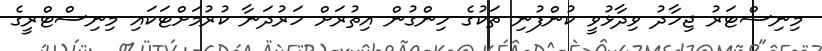
މިނިސްޓަރު ޖިހާދު ވިދާޅުވީ ކުންފުނި ތަކުގެ ހިންގުން އިތުރަށް ހަރުދަނާ ކުރުމަށްޓަކައި މިނިސްޓްރީގެ